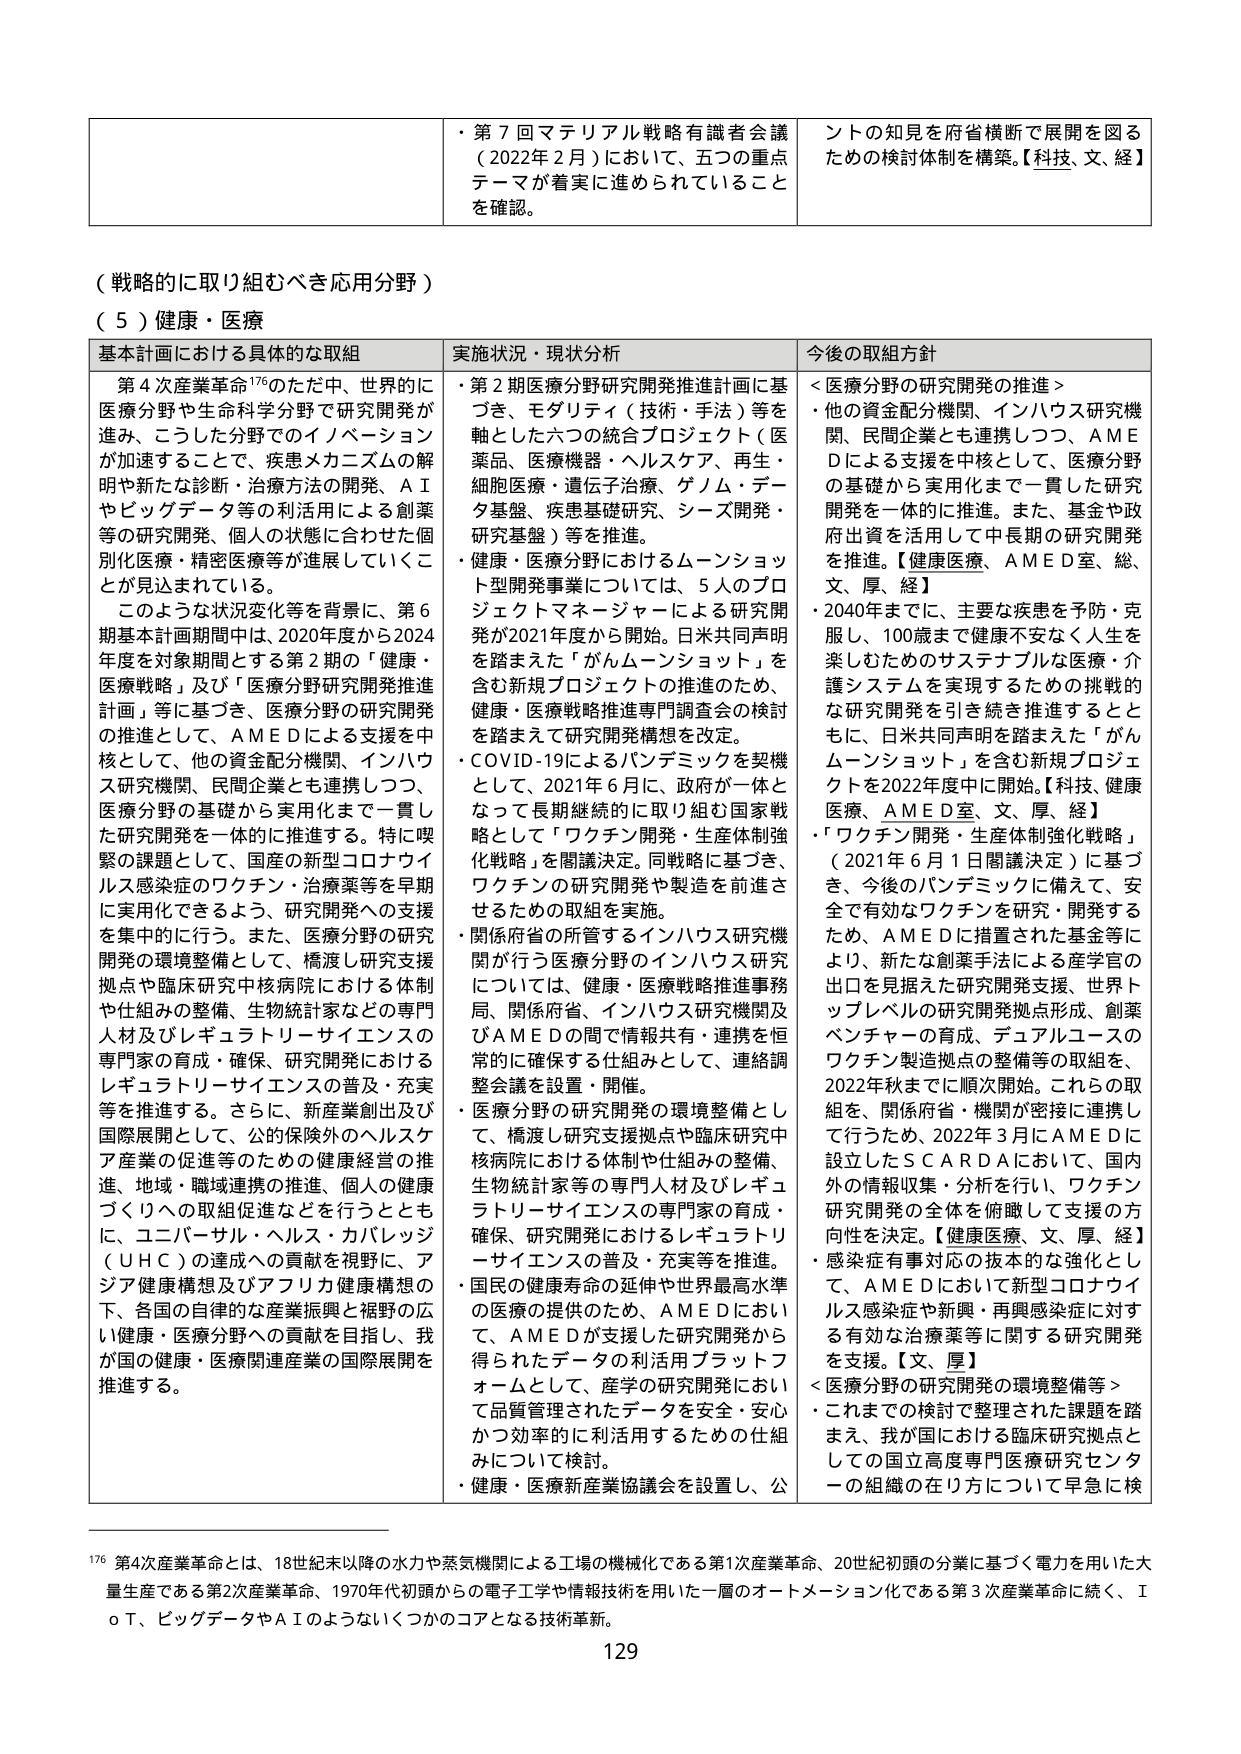
（戦略的に取り組むべき応用分野）

（５）健康・医療

基本計画における具体的な取組
第４次産業革命176のただ中、世界的に医療分野や生命科学分野で研究開発が進み、こうした分野でのイノベーションが加速することで、疾患メカニズムの解明や新たな診断・治療方法の開発、ＡＩやビッグデータ等の利活用による創薬等の研究開発、個人の状態に合わせた個別化医療・精密医療等が進展していくことが見込まれている。
このような状況変化等を背景に、第６期基本計画期間中は、2020年度から2024年度を対象期間とする第２期の「健康・医療戦略」及び「医療分野研究開発推進計画」等に基づき、医療分野の研究開発の推進として、ＡＭＥＤによる支援を中核として、他の資金配分機関、インハウス研究機関、民間企業とも連携しつつ、医療分野の基礎から実用化まで一貫した研究開発を一体的に推進する。特に喫緊の課題として、国産の新型コロナウイルス感染症のワクチン・治療薬等を早期に実用化できるよう、研究開発への支援を集中的に行う。また、医療分野の研究開発の環境整備として、橋渡し研究支援拠点や臨床研究中核病院における体制や仕組みの整備、生物統計家などの専門人材及びレギュラトリーサイエンスの専門家の育成・確保、研究開発におけるレギュラトリーサイエンスの普及・充実等を推進する。さらに、新産業創出及び国際展開として、公的保険外のヘルスケア産業の促進等のための健康経営の推進、地域・職域連携の推進、個人の健康づくりへの取組促進などを行うとともに、ユニバーサル・ヘルス・カバレッジ（ＵＨＣ）の達成への貢献を視野に、アジア健康構想及びアフリカ健康構想の下、各国の自律的な産業振興と裾野の広い健康・医療分野への貢献を目指し、我が国の健康・医療関連産業の国際展開を推進する。

実施状況・現状分析
・第２期医療分野研究開発推進計画に基づき、モダリティ（技術・手法）等を軸とした六つの統合プロジェクト（医薬品、医療機器・ヘルスケア、再生・細胞医療・遺伝子治療、ゲノム・データ基盤、疾患基盤研究、シーズ開発・研究基盤）等を推進。
・健康・医療分野におけるムーンショット型開発事業については、５人のプロジェクトマネージャーによる研究開発が2021年度から開始。日米共同声明を踏まえた「がんムーンショット」を含む新規プロジェクトの推進のため、健康・医療戦略推進専門調査会の検討を踏まえて研究開発構想を改定。
・ＣＯＶＩＤ-19によるパンデミックを契機として、2021年６月に、政府が一体となって長期継続的に取り組む国家戦略として「ワクチン開発・生産体制強化戦略」を閣議決定。同戦略に基づき、ワクチンの研究開発や製造を前進させるための取組を実施。
・関係府省の所管するインハウス研究機関が行う医療分野のインハウス研究については、健康・医療戦略推進事務局、関係府省、インハウス研究機関及びＡＭＥＤの間で情報共有・連携を恒常的に確保する仕組みとして、連絡調整会議を設置・開催。
・医療分野の研究開発の環境整備として、橋渡し研究支援拠点や臨床研究中核病院における体制や仕組みの整備、生物統計家等の専門人材及びレギュラトリーサイエンスの専門家の育成・確保、研究開発におけるレギュラトリーサイエンスの普及・充実等を推進。
・国民の健康寿命の延伸や世界最高水準の医療の提供のため、ＡＭＥＤにおいて、ＡＭＥＤが支援した研究開発から得られたデータの利活用プラットフォームとして、産学の研究開発において品質管理されたデータを安全・安心かつ効率的に利活用するための仕組みについて検討。
・健康・医療新産業協議会を設置し、公

今後の取組方針
＜医療分野の研究開発の推進＞
・他の資金配分機関、インハウス研究機関、民間企業とも連携しつつ、ＡＭＥＤによる支援を中核として、医療分野の基礎から実用化まで一貫した研究開発を一体的に推進。また、基金や政府出資を活用して中長期の研究開発を推進。【健康医療、ＡＭＥＤ室、総、文、厚、経】
・2040年までに、主要な疾患を予防・克服し、100歳まで健康不安なく人生を楽しむためのサステナブルな医療・介護システムを実現するための挑戦的な研究開発を引き続き推進するとともに、日米共同声明を踏まえた「がんムーンショット」を含む新規プロジェクトを2022年度中に開始。【科技、健康医療、ＡＭＥＤ室、文、厚、経】
・「ワクチン開発・生産体制強化戦略」（2021年６月１日閣議決定）に基づき、今後のパンデミックに備えて、安全で有効なワクチンを研究・開発するため、ＡＭＥＤに措置された基金等により、新たな創薬手法による産学官の出口を見据えた研究開発支援、世界トップレベルの研究開発拠点形成、創薬ベンチャーの育成、デュアルユースのワクチン製造拠点の整備等の取組を、2022年秋までに順次開始。これらに取組を、関係府省・機関が密接に連携して行うため、2022年３月にＡＭＥＤに設立したＳＣＡＲＤＡにおいて、国内外の情報収集・分析を行い、ワクチン研究開発の全体を俯瞰して支援の方向性を決定。【健康医療、文、厚、経】
・感染症有事対応の抜本的な強化として、ＡＭＥＤにおいて新型コロナウイルス感染症や新興・再興感染症に対する有効な治療薬等に関する研究開発を支援。【文、厚】
＜医療分野の研究開発の環境整備等＞
・これまでの検討で整理された課題を踏まえ、我が国における臨床研究拠点としての国立高度専門医療研究センターの組織の在り方について早急に検

176 第4次産業革命とは、18世紀末以降の水力や蒸気機関による工場の機械化である第1次産業革命、20世紀初頭の分業に基づく電力を用いた大量生産である第2次産業革命、1970年代初頭からの電子工学や情報技術を用いた一層のオートメーション化である第3次産業革命に続く、ＩｏＴ、ビッグデータやＡＩのようないくつかのコアとなる技術革新。

129